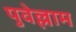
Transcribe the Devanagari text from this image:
पुवेल्लाम